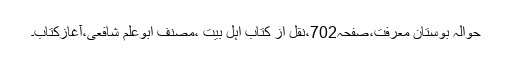
حوالہ بوستانِ معرفت،صفحہ702،نقل از کتاب اہلِ بیت ،مصنف ابوعلم شافعی،آغازِکتاب۔